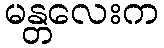
မန္တလေးက